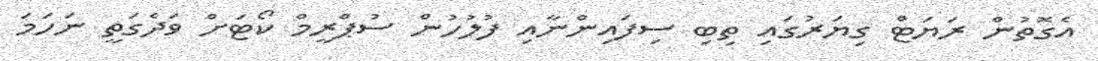
އެގޮތުން ރަޔަޓް ގިޔަރުގައި ތިބި ސިފައިންނާއި ފުލުހުން ސުޕްރީމް ކޯޓަށް ވަދެގަތީ ނަހަމަ